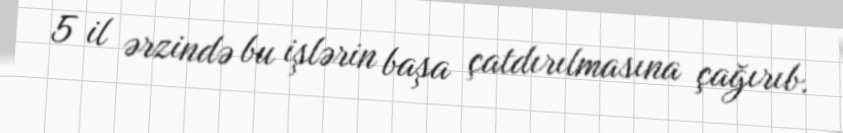
5 il ərzində bu işlərin başa çatdırılmasına çağırıb.